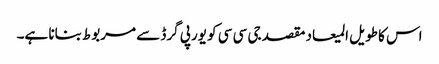
اس کا طویل المیعاد مقصد جی سی سی کو یورپی گرڈ سے مربوط بنانا ہے۔